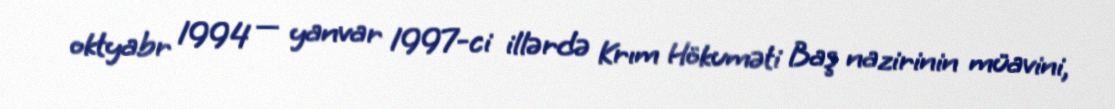
oktyabr 1994 — yanvar 1997-ci illərdə Krım Hökuməti Baş nazirinin müavini,